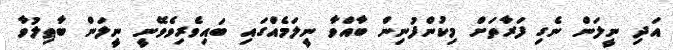
އަދި ނީލަން ނެގި ފަރާތަށް މިކުންފުނިން ބާއްވާ ނީލަމެއްގައި ބައިވެރިވެވޭނީ ނީލަން ބާޠިލުވާ